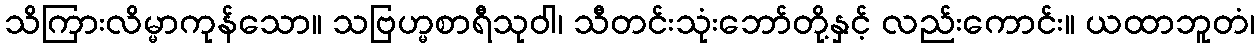
သိကြားလိမ္မာကုန်သော။ သဗြဟ္မစာရီသုဝါ၊ သီတင်းသုံးဘော်တို့နှင့် လည်းကောင်း။ ယထာဘူတံ၊